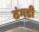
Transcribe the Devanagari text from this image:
ठंगडी